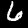
Label: 6